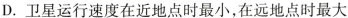
D.卫星运行速度在近地点时最小，在远地点时最大